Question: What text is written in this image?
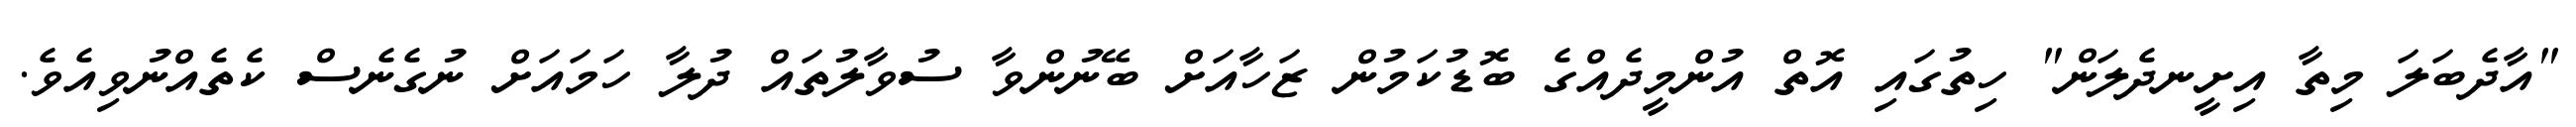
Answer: "އާދެބަލަ މިތާ އިށީނދެލަން" ހިތުގައި އޮތް އުންމީދެއްގެ ބޮޑުކަމުން ޒަހާއަށް ބޭނުންވާ ސުވާލުތައް ދުލާ ހަމައަށް ނުގެނެސް ކެތެއްނުވިއެވެ.